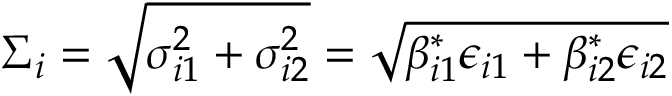
\Sigma _ { i } = \sqrt { \sigma _ { i 1 } ^ { 2 } + \sigma _ { i 2 } ^ { 2 } } = \sqrt { \beta _ { i 1 } ^ { * } \epsilon _ { i 1 } + \beta _ { i 2 } ^ { * } \epsilon _ { i 2 } }